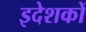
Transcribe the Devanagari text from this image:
इदेशकों